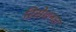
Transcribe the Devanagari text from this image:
रिसेशनल